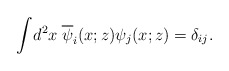
\begin{align*}\int \! d^2 x \; \overline{\psi}_i(x;z)\psi_j(x;z) = \delta_{ij}.\end{align*}